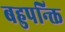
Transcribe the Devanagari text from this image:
बहुपन्क्ति